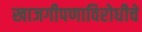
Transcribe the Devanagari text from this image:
खाजगीपणाविरोधीचे